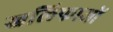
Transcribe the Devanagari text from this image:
खलिफाओं